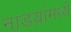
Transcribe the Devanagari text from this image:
नाडय़ांमध्ये